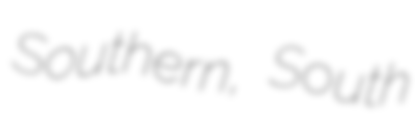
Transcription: Southern, South